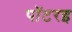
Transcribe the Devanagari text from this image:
पॉटरइ